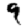
Digit: 9